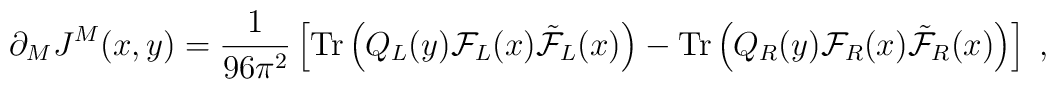
\partial_MJ^M(x,y)=\frac{1}{96\pi^2} \left[ {\rm Tr} \left (Q_L(y){\cal F}_L(x)\tilde{\cal F}_L(x)\right ) - {\rm Tr}\left (Q_R(y){\cal F}_R(x)\tilde{\cal F}_R(x)\right ) \right] \; ,